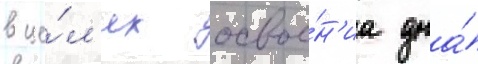
в це́л'ях освое́н'иа дна́